Report on the lunatic asylums in Bengal - 1862-
Year: 1862
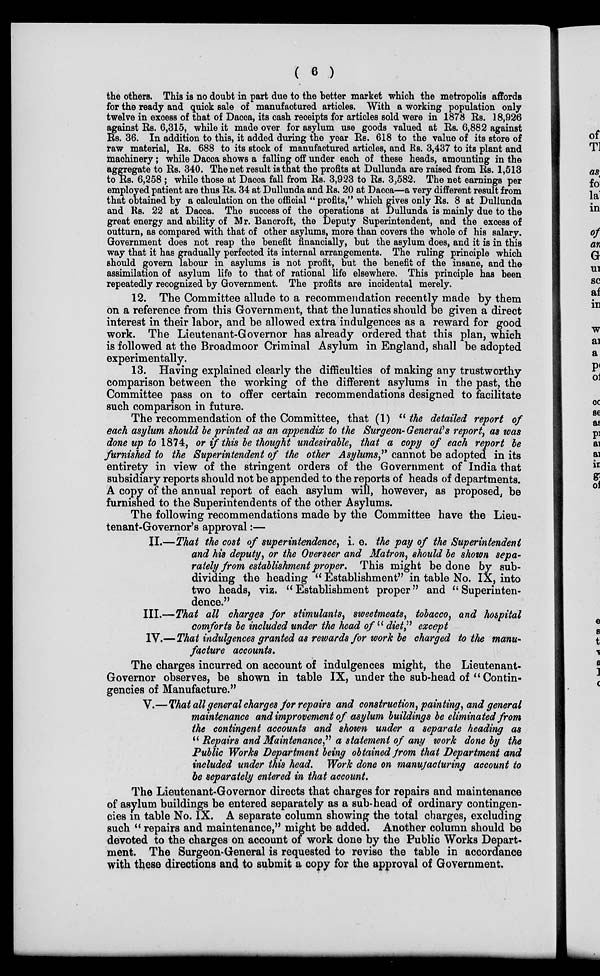
( 6 )
the others. This is no doubt in part due to the better market which the metropolis affords
for the ready and quick sale of manufactured articles. With a working population only
twelve in excess of that of Dacca, its cash receipts for articles sold were in 1878 Rs. 18,926
against Rs. 6,315, while it made over for asylum use goods valued at Rs. 6,882 against
Rs. 36. In addition to this, it added during the year Rs. 618 to the value of its store of
raw material, Rs. 688 to its stock of manufactured articles, and Rs. 3,437 to its plant and
machinery; while Dacca shows a falling off under each of these heads, amounting in the
aggregate to Rs. 340. The net result is that the profits at Dullunda are raised from Rs. 1,513
to Rs. 6,258 ; while those at Dacca fall from Rs. 3,923 to Rs. 3,582. The net earnings per
employed patient are thus Rs. 34 at Dullunda and Rs. 20 at Dacca—a very different result from
that obtained by a calculation on the official " profits," which gives only Rs. 8 at Dullunda
and Rs. 22 at Dacca. The success of the operations at Dullunda is mainly due to the
great energy and ability of Mr. Bancroft, the Deputy Superintendent, and the excess of
outturn, as compared with that of other asylums, more than covers the whole of his salary.
Government does not reap the benefit financially, but the asylum does, and it is in this
way that it has gradually perfected its internal arrangements. The ruling principle which
should govern labour in asylums is not profit, but the benefit of the insane, and the
assimilation of asylum life to that of rational life elsewhere. This principle has been
repeatedly recognized by Government. The profits are incidental merely.
12. The Committee allude to a recommendation recently made by them
on a reference from this Government, that the lunatics should be given a direct
interest in their labor, and be allowed extra indulgences as a reward for good
work. The Lieutenant-Governor has already ordered that this plan, which
is followed at the Broadmoor Criminal Asylum in England, shall be adopted
experimentally.
13. Having explained clearly the difficulties of making any trustworthy
comparison between the working of the different asylums in the past, the
Committee pass on to offer certain recommendations designed to facilitate
such comparison in future.
The recommendation of the Committee, that (1) " the detailed report of
each asylum should be printed as an appendix to the Surgeon-General's report, as was
done up to 1874, or if this be thought undesirable, that a copy of each report be
furnished to the Superintendent of the other Asylums,'' cannot be adopted in its
entirety in view of the stringent orders of the Government of India that
subsidiary reports should not be appended to the reports of heads of departments.
A copy of the annual report of each asylum will, however, as proposed, be
furnished to the Superintendents of the other Asylums.
The following recommendations made by the Committee have the Lieu-
tenant-Governor's approval:—
II.—That the cost of superintendence, i. e. the pay of the Superintendent
and his deputy, or the Overseer and Matron, should be shown sepa-
rately from establishment proper. This might be done by sub-
dividing the heading " Establishment" in table No. IX, into
two heads, viz. "Establishment proper" and "Superinten-
dence."
III.—That all charges for stimulants, sweetmeats, tobacco, and hospital
comforts be included under the head of " diet,'' except
IV.—That indulgences granted as rewards for work be charged to the manu-
facture accounts.
The charges incurred on account of indulgences might, the Lieutenant-
Governor observes, be shown in table IX, under the sub-head of " Contin-
gencies of Manufacture."
V.—That all general charges for repairs and construction, painting, and general
maintenance and improvement of asylum buildings be eliminated from
the contingent accounts and shown under a separate heading as
" Repairs and Maintenance," a statement of any work done by the
Public Works Department being obtained from that Department and
included under this head. Work done on manufacturing account to
be separately entered in that account.
The Lieutenant-Governor directs that charges for repairs and maintenance
of asylum buildings be entered separately as a sub-head of ordinary contingen-
cies in table No. IX. A separate column showing the total charges, excluding
such " repairs and maintenance," might be added. Another column should be
devoted to the charges on account of work done by the Public Works Depart-
ment. The Surgeon-General is requested to revise the table in accordance
with these directions and to submit a copy for the approval of Government.